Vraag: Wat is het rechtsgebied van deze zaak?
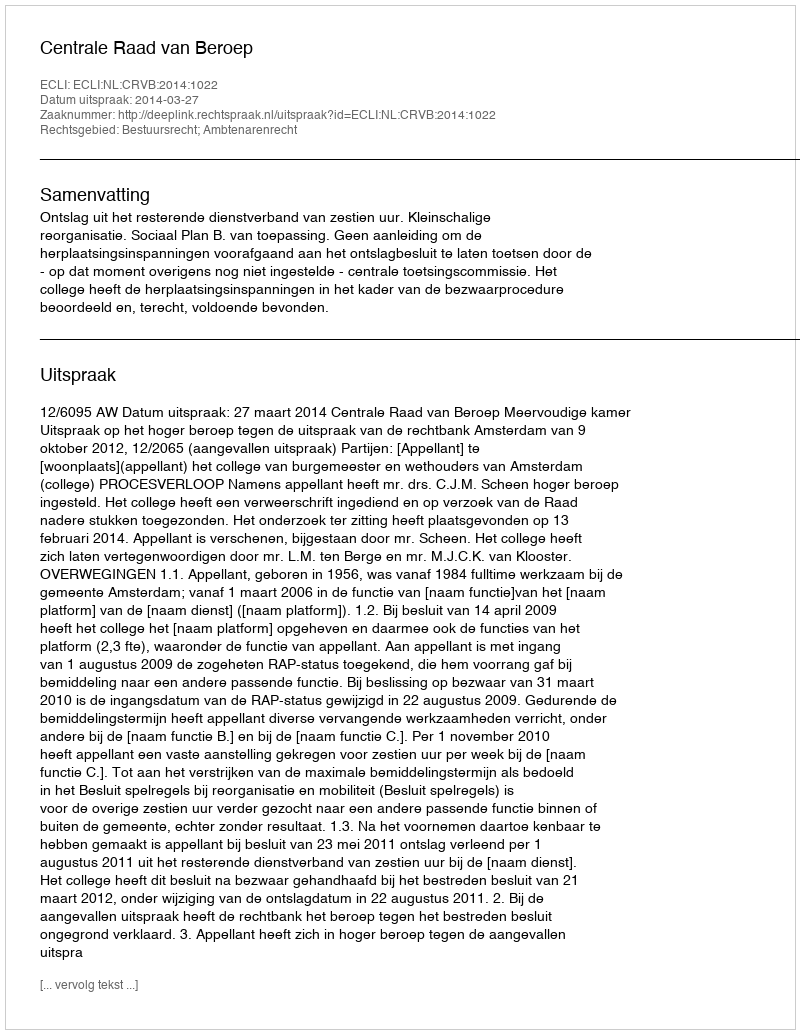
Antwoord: Bestuursrecht; Ambtenarenrecht